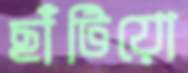
ছাঁটিয়ো